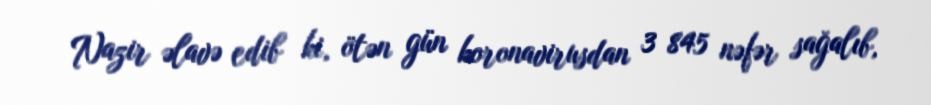
Nazir əlavə edib ki, ötən gün koronavirusdan 3 845 nəfər sağalıb,